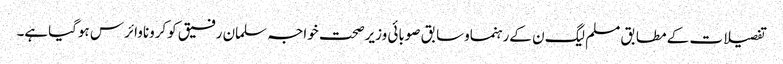
تفصیلات کے مطابق مسلم لیگ ن کےرہنماوسابق صوبائی وزیرصحت خواجہ سلمان رفیق کوکروناوائرس ہوگیاہے۔